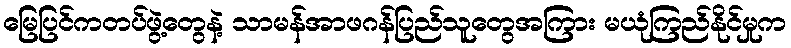
မြေပြင်ကတပ်ဖွဲ့တွေနဲ့ သာမန်အာဖဂန်ပြည်သူတွေအကြား မယုံကြည်နိုင်မှုက